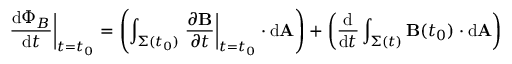
\left. { \frac { \mathrm { d } \Phi _ { B } } { \mathrm { d } t } } \right| _ { t = t _ { 0 } } = \left( \int _ { \Sigma ( t _ { 0 } ) } \left. { \frac { \partial \mathbf { B } } { \partial t } } \right| _ { t = t _ { 0 } } \cdot \mathrm { d } \mathbf { A } \right) + \left( { \frac { \mathrm { d } } { \mathrm { d } t } } \int _ { \Sigma ( t ) } \mathbf { B } ( t _ { 0 } ) \cdot \mathrm { d } \mathbf { A } \right)